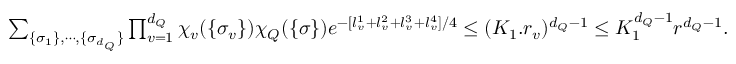
\begin{array} { r } { \sum _ { \{ \sigma _ { 1 } \} , \cdots , \{ \sigma _ { d _ { Q } } \} } \prod _ { v = 1 } ^ { d _ { Q } } \chi _ { v } ( \{ \sigma _ { v } \} ) \chi _ { Q } ( \{ \sigma \} ) e ^ { - [ l _ { v } ^ { 1 } + l _ { v } ^ { 2 } + l _ { v } ^ { 3 } + l _ { v } ^ { 4 } ] / 4 } \le ( K _ { 1 } . r _ { v } ) ^ { d _ { Q } - 1 } \le K _ { 1 } ^ { d _ { Q } - 1 } { r } ^ { d _ { Q } - 1 } . } \end{array}